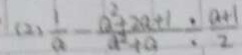
( 2 ) \frac { 1 } { a } - \frac { a ^ { 2 } + 2 a + 1 } { a ^ { 2 } + a } \div \frac { a + 1 } { 2 }